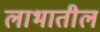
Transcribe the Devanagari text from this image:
लाभातील